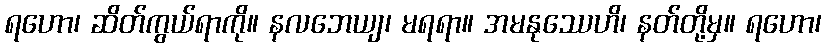
ရဟော၊ ဆိတ်ကွယ်ရာကို။ နလဘေယျ၊ မရရာ။ အမနုဿေဟိ၊ နတ်တို့မှ။ ရဟော၊